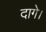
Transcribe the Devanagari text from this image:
दागे।